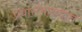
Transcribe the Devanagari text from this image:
प्रवासभाड्यात